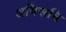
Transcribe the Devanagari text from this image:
अभिरूचि